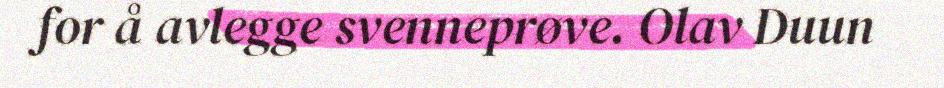
for å avlegge svenneprøve. Olav Duun